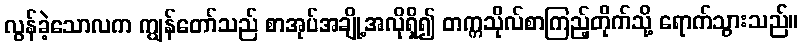
လွန်ခဲ့သောလက ကျွန်တော်သည် စာအုပ်အချို့အလိုရှိ၍ တက္ကသိုလ်စာကြည့်တိုက်သို့ ရောက်သွားသည်။